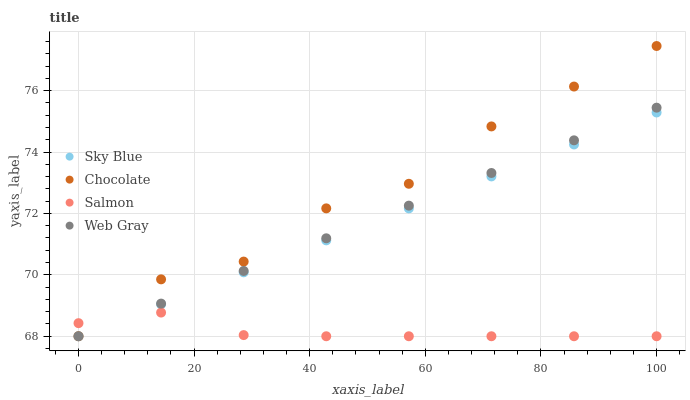
| xaxis_label | Sky Blue | Chocolate | Salmon | Web Gray |
 | --- | --- | --- | --- | --- |
 | 0 | 68 | 68 | 68.4 | 68 |
 | 14.3 | 69 | 69.9 | 68.8 | 69.1 |
 | 28.6 | 70.1 | 70.4 | 68 | 70.1 |
 | 42.9 | 71.1 | 72.2 | 68 | 71.2 |
 | 57.1 | 72.2 | 73 | 68 | 72.3 |
 | 71.4 | 73.2 | 74.8 | 68 | 73.3 |
 | 85.7 | 74.2 | 76.1 | 68 | 74.4 |
 | 100 | 75.3 | 77.5 | 68 | 75.4 |